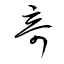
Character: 竒